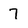
Character: 7